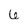
Character: 6